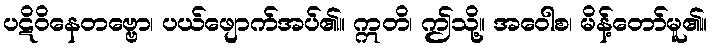
ပဋိဝိနေတဗ္ဗော၊ ပယ်ဖျောက်အပ်၏။ ဣတိ၊ ဤသို့။ အဝေါစ၊ မိန့်တော်မူ၏။